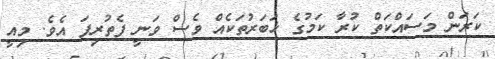
ކަރަން މަސައްކަތް ކުރާ ކަމުގެ ޚަބަރުތަކެއް ވެސް ވަނީ ފެތުރިފަ އެވެ. މިއީ